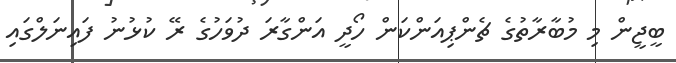
ބީޖީން މި މުބާރާތުގެ ޗެންޕިއަންކަން ހޯދީ އަންގާރަ ދުވަހުގެ ރޭ ކުޅުނު ފައިނަލްގައި